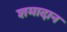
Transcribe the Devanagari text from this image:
शमादान